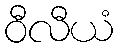
ဝီလီယံ